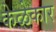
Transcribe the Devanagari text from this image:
केळेकार